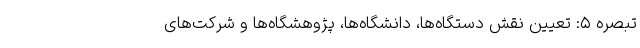
تبصره ۵: تعیین نقش دستگاه‌ها، دانشگاه‌ها، پژوهشگاه‌ها و شرکت‌های